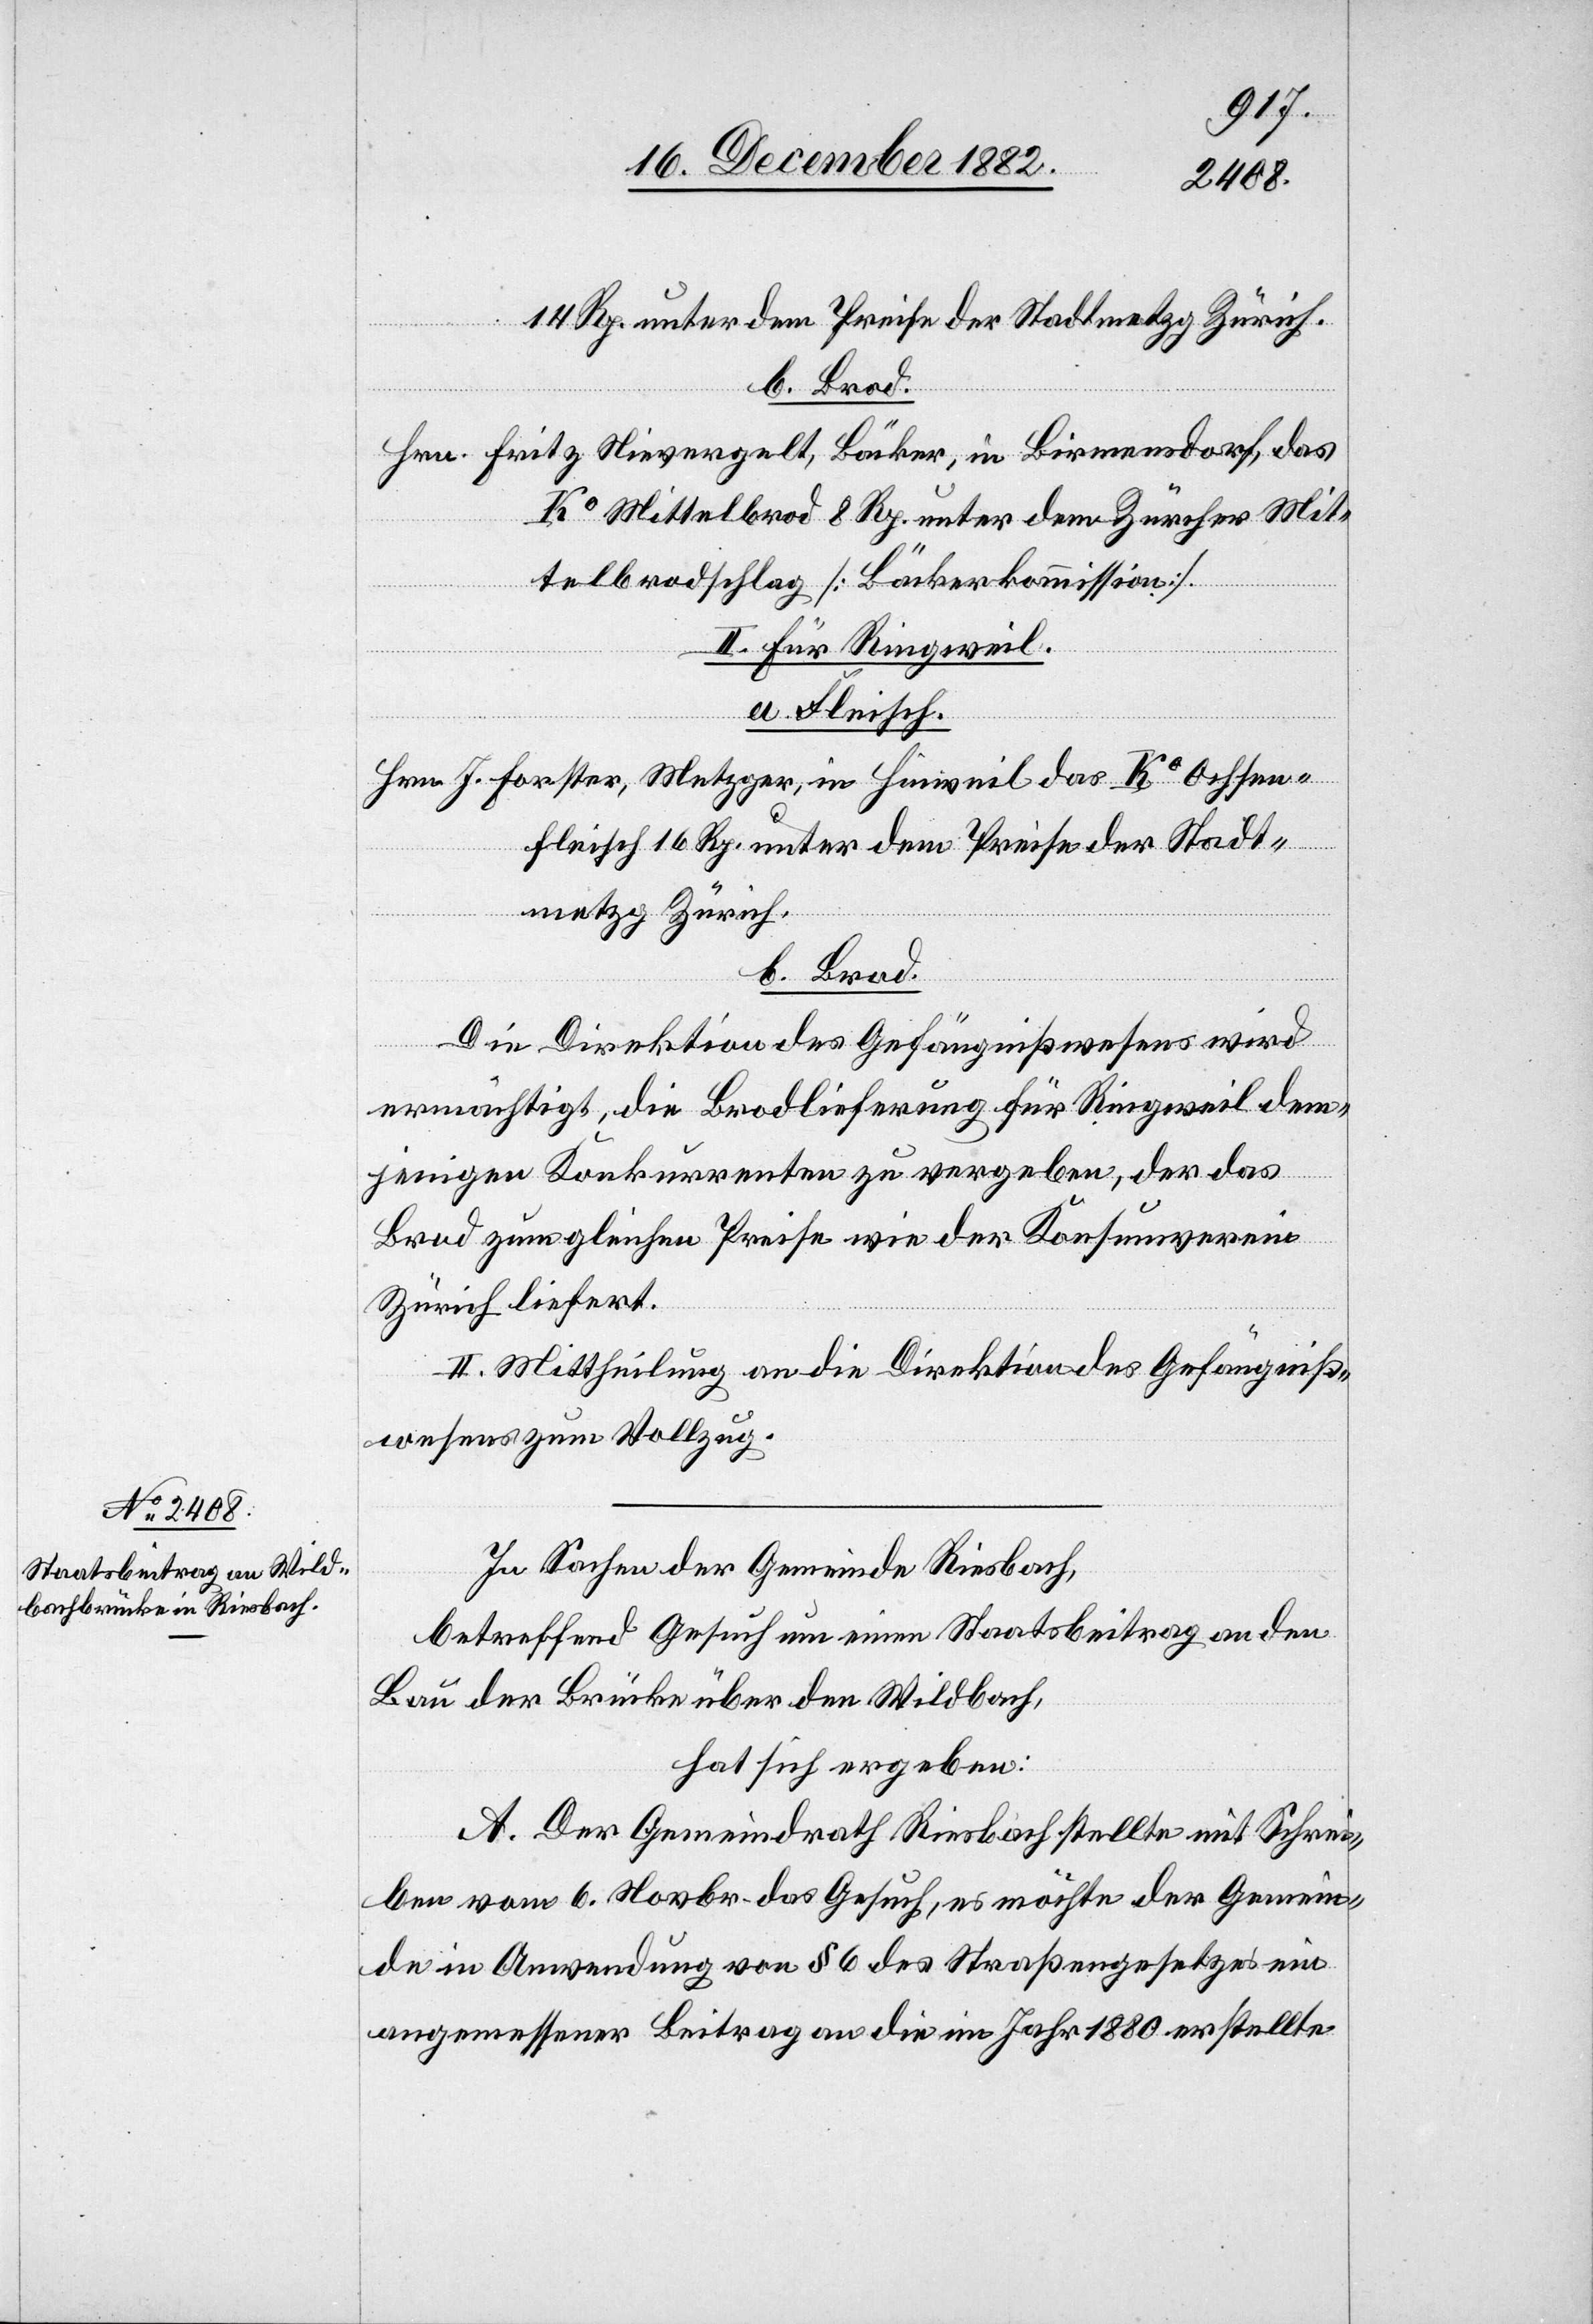
14 Rp. unter dem Preise der Stadtmetzg Zürich.
b. Brod.
Hrn. Fritz Nievergelt, Bäcker, in Birmensdorf, das
Ko Mittelbrod 8 Rp. unter dem Zürcher Mit¬
telbrodschlag [Bäckerkommission].
II. Für Ringweil.
a. Fleisch.
Hrn. J. Forster, Metzger, in Hinweil das Ko Ochsen¬
fleisch 16 Rp. unter dem Preise der Stadt¬
metzg Zürich.
Die Direktion des Gefängnißwesens wird
ermächtigt, die Brodlieferung für Ringweil dem¬
jenigen Konkurrenten zu vergeben, der das
Brod zum gleichen Preise wie der Konsumverein
Zürich liefert.
II. Mittheilung an die Direktion des Gefängniß¬
wesens zum Vollzug.
In Sachen der Gemeinde Riesbach,
betreffend Gesuch um einen Staatsbeitrag an den
Bau der Brücke über den Wildbach,
hat sich ergeben:
A. Der Gemeindrath Riesbach stellte mit Schrei¬
ben vom 6. Novbr. das Gesuch, es möchte der Gemein¬
de in Anwendung von § 6 des Straßengesetzes ein
angemessener Beitrag an die im Jahr 1880 erstellte